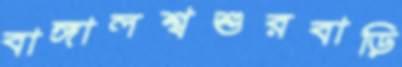
বাঙ্গালশ্বশুরবাড়ি